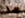
ما